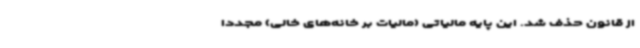
از قانون حذف شد. این پایه مالیاتی (مالیات بر خانه‌های خالی) مجدداً